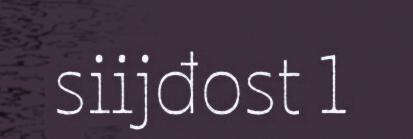
siijđost 1